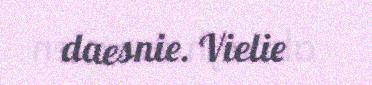
daesnie. Vielie